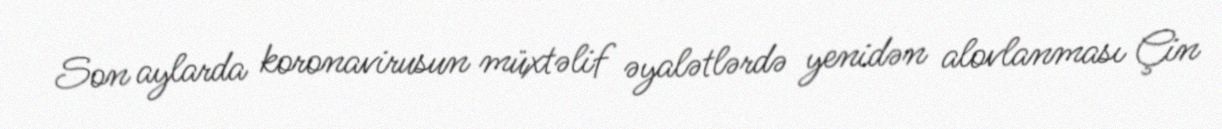
Son aylarda koronavirusun müxtəlif əyalətlərdə yenidən alovlanması Çin